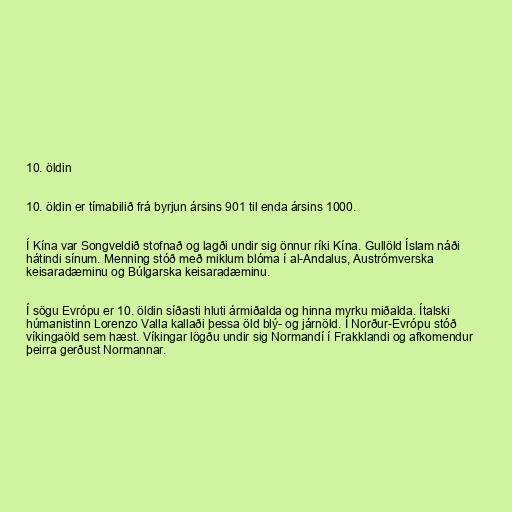
10. öldin

10. öldin er tímabilið frá byrjun ársins 901 til enda ársins 1000.

Í Kína var Songveldið stofnað og lagði undir sig önnur ríki Kína. Gullöld Íslam náði
hátindi sínum. Menning stóð með miklum blóma í al-Andalus, Austrómverska
keisaradæminu og Búlgarska keisaradæminu.

Í sögu Evrópu er 10. öldin síðasti hluti ármiðalda og hinna myrku miðalda. Ítalski
húmanistinn Lorenzo Valla kallaði þessa öld blý- og járnöld. Í Norður-Evrópu stóð
víkingaöld sem hæst. Víkingar lögðu undir sig Normandí í Frakklandi og afkomendur
þeirra gerðust Normannar.